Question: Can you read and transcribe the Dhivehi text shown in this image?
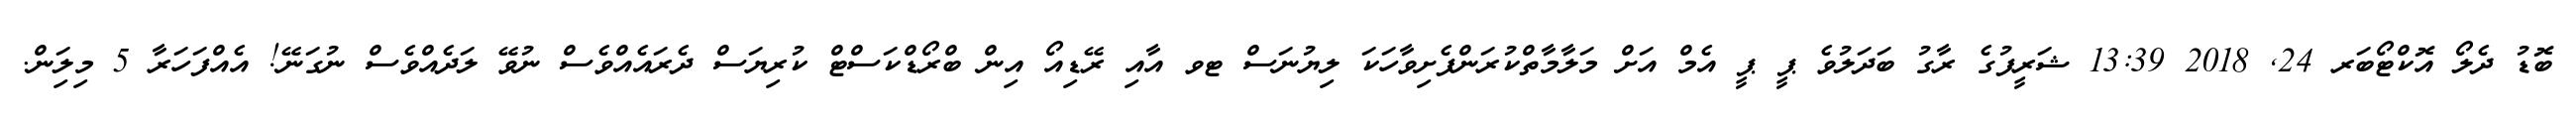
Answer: ބޮޑު ދެލޯ އޮކްޓޯބަރ 24, 2018 13:39 ޝަރީފުގެ ރާގު ބަދަލުވެ ޕީ ޕީ އެމް އަށް މަލާމާތްކުރަންފެށިވާހަކަ ލިޔުނަސް ޓވ އާއި ރޭޑިއޯ އިން ބްރޯޑްކަސްޓް ކުރިޔަސް ދެރައެއްވެސް ނުވޭ ލަދެއްވެސް ނުގަނޭ! އެއްފަހަރާ 5 މިލިަން.